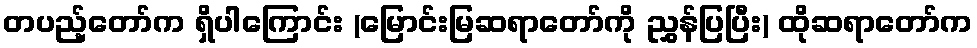
တပည့်တော်က ရှိပါကြောင်း (မြောင်းမြဆရာတော်ကို ညွှန်ပြပြီး) ထိုဆရာတော်က